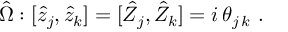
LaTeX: \hat { \Omega } : [ \hat { z } _ { j } , \hat { z } _ { k } ] = [ \hat { Z } _ { j } , \hat { Z } _ { k } ] = i \, \theta _ { j \, k } ~ .